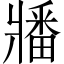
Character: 𬌌